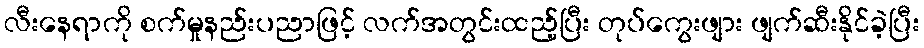
လီးနေရာကို စက်မှုနည်းပညာဖြင့် လက်အတွင်းထည့်ပြီး တုပ်ကွေးဖျား ဖျက်ဆီးနိုင်ခဲ့ပြီး